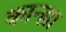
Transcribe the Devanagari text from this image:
कान्ह्या